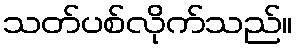
သတ်ပစ်လိုက်သည်။